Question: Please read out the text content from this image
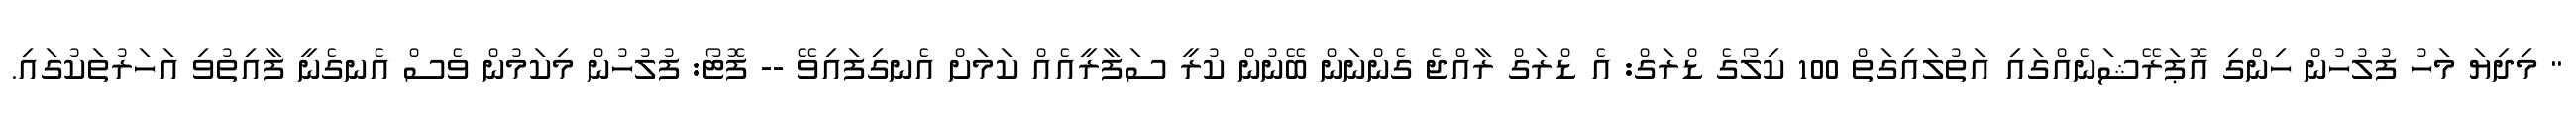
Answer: " މިދިޔަ މަހު ފުލުހުން ހިންގި އޮޕަރޭޝަނެއްގައި އަތުލައިގަތް 100 ކިލޯގެ ޑްރަގް: އެ ޑްރަގް ރާއްޖެ ގެންނަން ބޭނުން ކުރީ ސަފާރީއެއް ކަމަށް އެނގިފައިވޭ -- ފޮޓޯ: ފުލުހުން މިކަމުން ވެސް އެނގެނީ ފާއިތުވި އަހަރުތަކުގައި.